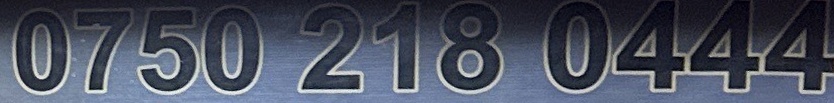
0750 218 0444